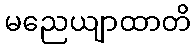
မညေယျာထာတိ